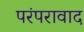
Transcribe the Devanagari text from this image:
परंपरावाद